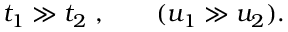
t _ { 1 } \gg t _ { 2 } ~ , \qquad ( u _ { 1 } \gg u _ { 2 } ) .